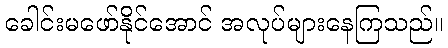
ခေါင်းမဖော်နိုင်အောင် အလုပ်များနေကြသည်။